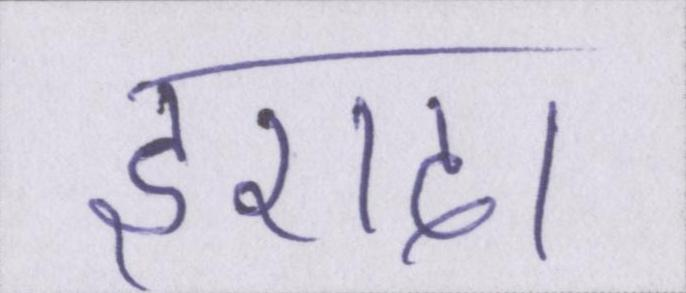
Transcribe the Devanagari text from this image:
इरादा